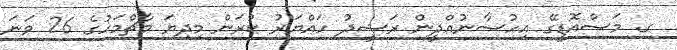
ގ. މަސްއޮޑީގޭ އިހުސާނުއްދީން ރަޝީދު ހައްޔަރު ކުރަން މިދިޔަ މާޗްމަހުގެ 26 ވަނަ